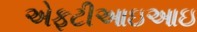
એફટીઆઇઆઇ